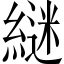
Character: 𮈵